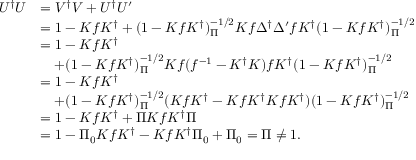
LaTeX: \begin{array} { r l } { { U ^ { \dag } U } } & { { = V ^ { \dag } V + U ^ { \dag } U ^ { \prime } } } \\ { { } } & { { = 1 - K f K ^ { \dag } + ( 1 - K f K ^ { \dag } ) _ { \Pi } ^ { - 1 / 2 } K f \Delta ^ { \dag } \Delta ^ { \prime } f K ^ { \dag } ( 1 - K f K ^ { \dag } ) _ { \Pi } ^ { - 1 / 2 } } } \\ { { } } & { { = 1 - K f K ^ { \dag } } } \\ { { } } & { { \quad + ( 1 - K f K ^ { \dag } ) _ { \Pi } ^ { - 1 / 2 } K f ( f ^ { - 1 } - K ^ { \dag } K ) f K ^ { \dag } ( 1 - K f K ^ { \dag } ) _ { \Pi } ^ { - 1 / 2 } } } \\ { { } } & { { = 1 - K f K ^ { \dag } } } \\ { { } } & { { \quad + ( 1 - K f K ^ { \dag } ) _ { \Pi } ^ { - 1 / 2 } ( K f K ^ { \dag } - K f K ^ { \dag } K f K ^ { \dag } ) ( 1 - K f K ^ { \dag } ) _ { \Pi } ^ { - 1 / 2 } } } \\ { { } } & { { = 1 - K f K ^ { \dag } + \Pi K f K ^ { \dag } \Pi } } \\ { { } } & { { = 1 - \Pi _ { 0 } K f K ^ { \dag } - K f K ^ { \dag } \Pi _ { 0 } + \Pi _ { 0 } = \Pi \ne 1 . } } \end{array}